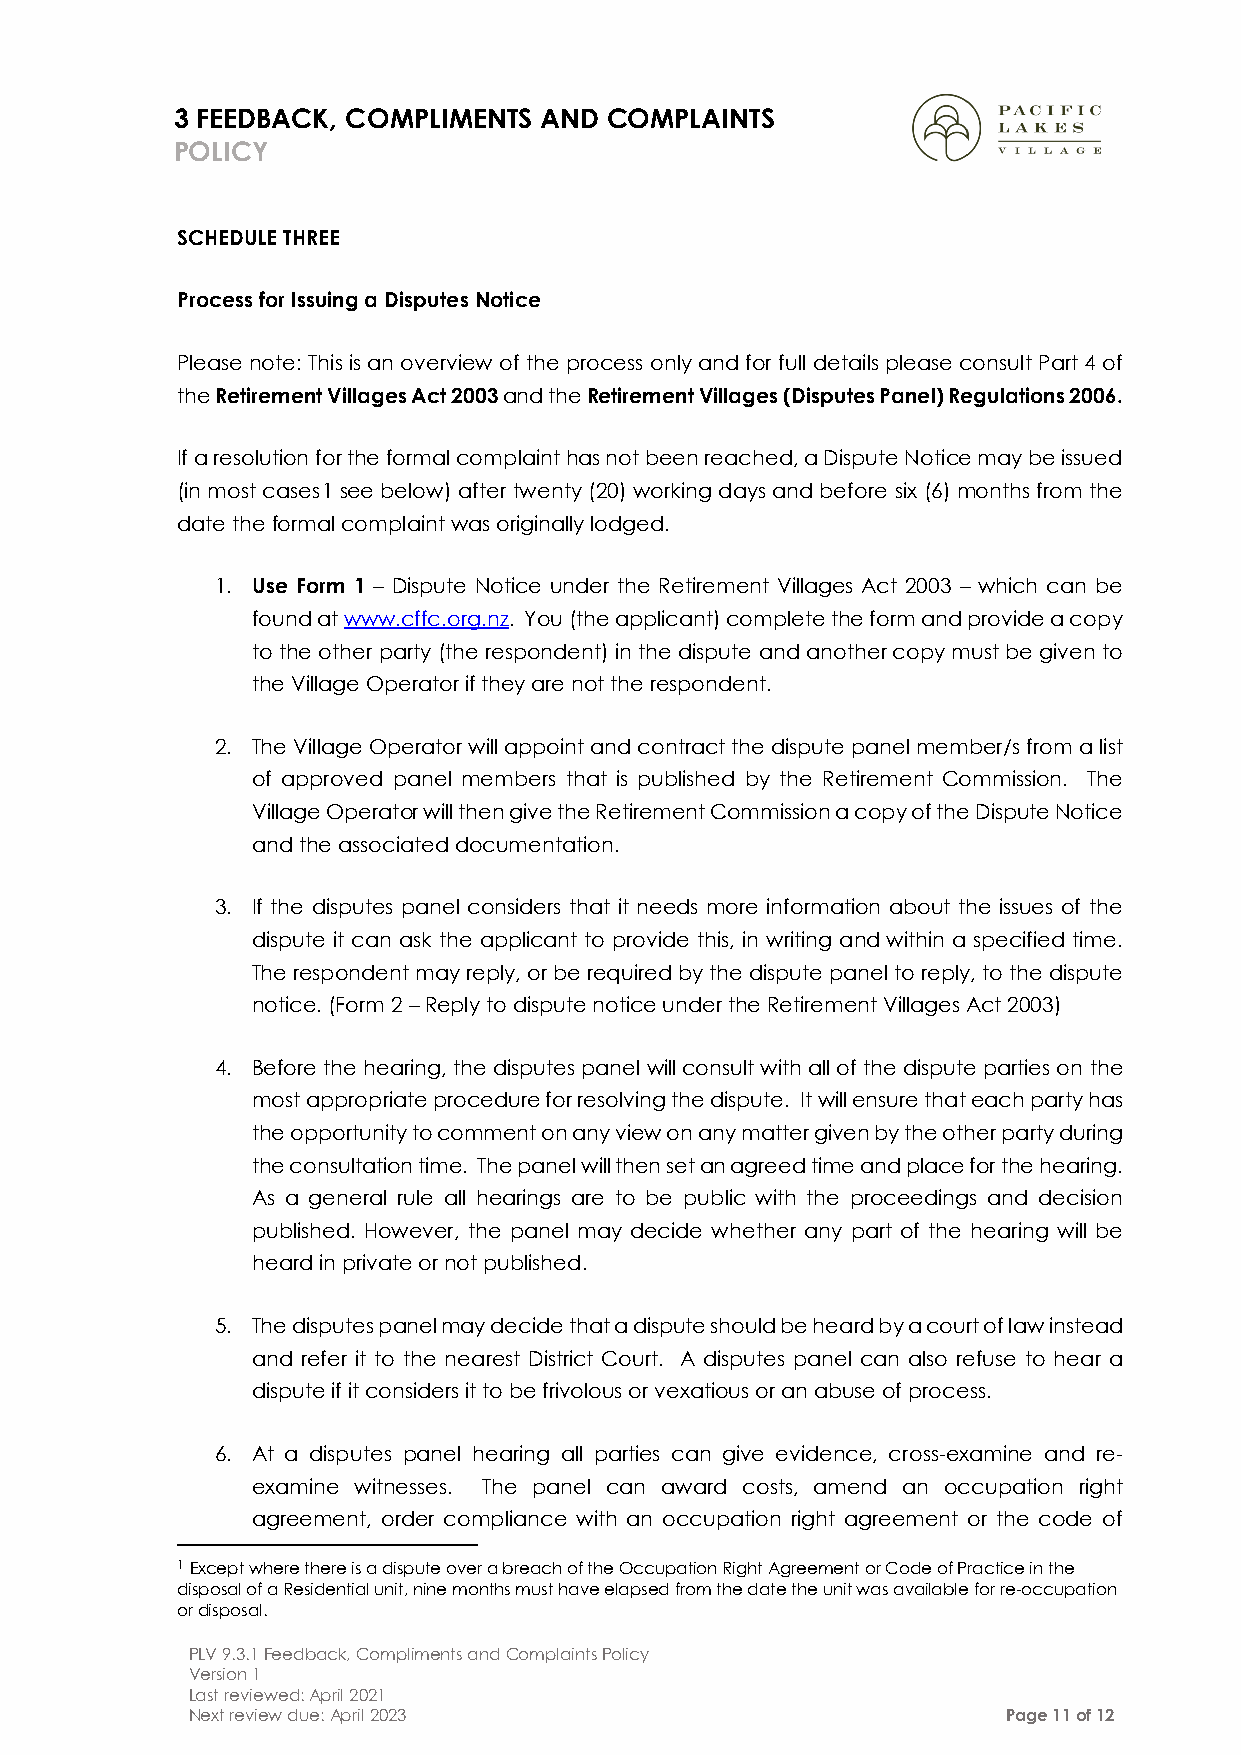
3 FEEDBACK, COMPLIMENTS AND COMPLAINTS
 POLICY
 SCHEDULE THREE
 Process for Issuing a Disputes Notice
 Please note: This is an overview of the process only and for full details please consult Part 4 of
 the Retirement Villages Act 2003 and the Retirement Villages (Disputes Panel) Regulations 2006.
 If a resolution for the formal complaint has not been reached, a Dispute Notice may be issued
 (in most cases1 see below) after twenty (20) working days and before six (6) months from the
 date the formal complaint was originally lodged.
 1. Use Form 1 – Dispute Notice under the Retirement Villages Act 2003 – which can be
 found at www.cffc.org.nz. You (the applicant) complete the form and provide a copy
 to the other party (the respondent) in the dispute and another copy must be given to
 the Village Operator if they are not the respondent.
 2. The Village Operator will appoint and contract the dispute panel member/s from a list
 of approved panel members that is published by the Retirement Commission. The
 Village Operator will then give the Retirement Commission a copy of the Dispute Notice
 and the associated documentation.
 3. If the disputes panel considers that it needs more information about the issues of the
 dispute it can ask the applicant to provide this, in writing and within a specified time.
 The respondent may reply, or be required by the dispute panel to reply, to the dispute
 notice. (Form 2 – Reply to dispute notice under the Retirement Villages Act 2003)
 4. Before the hearing, the disputes panel will consult with all of the dispute parties on the
 most appropriate procedure for resolving the dispute. It will ensure that each party has
 the opportunity to comment on any view on any matter given by the other party during
 the consultation time. The panel will then set an agreed time and place for the hearing.
 As a general rule all hearings are to be public with the proceedings and decision
 published. However, the panel may decide whether any part of the hearing will be
 heard in private or not published.
 5. The disputes panel may decide that a dispute should be heard by a court of law instead
 and refer it to the nearest District Court. A disputes panel can also refuse to hear a
 dispute if it considers it to be frivolous or vexatious or an abuse of process.
 6. At a disputes panel hearing all parties can give evidence, cross-examine and re-
 examine witnesses. The panel can award costs, amend an occupation right
 agreement, order compliance with an occupation right agreement or the code of
 1 Except where there is a dispute over a breach of the Occupation Right Agreement or Code of Practice in the
 disposal of a Residential unit, nine months must have elapsed from the date the unit was available for re-occupation
 or disposal.
 PLV 9.3.1 Feedback, Compliments and Complaints Policy
 Version 1
 Last reviewed: April 2021
 Next review due: April 2023                            Page 11 of 12